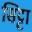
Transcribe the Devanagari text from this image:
सिट्टा